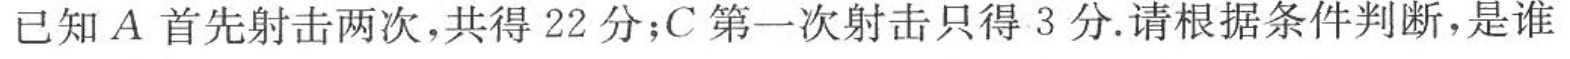
已知A首先射击两次，共得22分；C第一次射击只得3分。请根据条件判断，是谁